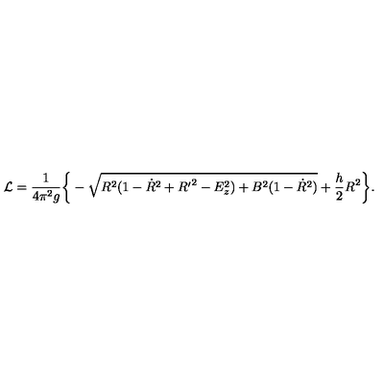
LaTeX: { \cal L } = \frac { 1 } { 4 \pi ^ { 2 } g } \bigg \{ - \sqrt { R ^ { 2 } ( 1 - { \dot { R } } ^ { 2 } + { R ^ { \prime } } ^ { 2 } - E _ { z } ^ { 2 } ) + B ^ { 2 } ( 1 - { \dot { R } } ^ { 2 } ) } + \frac { h } { 2 } R ^ { 2 } \bigg \} .